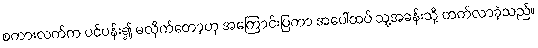
စကားလက်က ပင်ပန်း၍ မလိုက်တော့ဟု အကြောင်းပြကာ အပေါ်ထပ် သူ့အခန်းသို့ တက်လာခဲ့သည်။